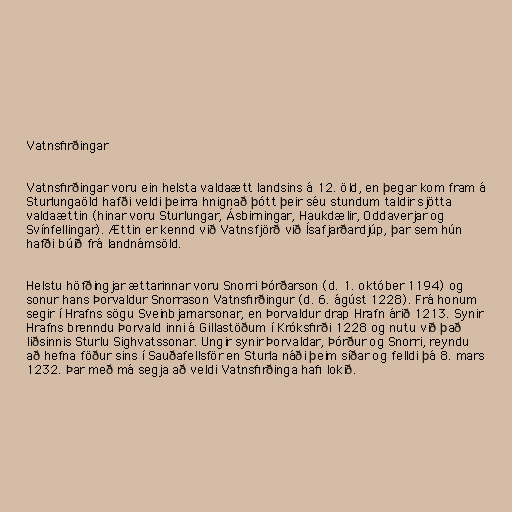
Vatnsfirðingar

Vatnsfirðingar voru ein helsta valdaætt landsins á 12. öld, en þegar kom fram á
Sturlungaöld hafði veldi þeirra hnignað þótt þeir séu stundum taldir sjötta
valdaættin (hinar voru Sturlungar, Ásbirningar, Haukdælir, Oddaverjar og
Svínfellingar). Ættin er kennd við Vatnsfjörð við Ísafjarðardjúp, þar sem hún
hafði búið frá landnámsöld.

Helstu höfðingjar ættarinnar voru Snorri Þórðarson (d. 1. október 1194) og
sonur hans Þorvaldur Snorrason Vatnsfirðingur (d. 6. ágúst 1228). Frá honum
segir í Hrafns sögu Sveinbjarnarsonar, en Þorvaldur drap Hrafn árið 1213. Synir
Hrafns brenndu Þorvald inni á Gillastöðum í Króksfirði 1228 og nutu við það
liðsinnis Sturlu Sighvatssonar. Ungir synir Þorvaldar, Þórður og Snorri, reyndu
að hefna föður sins í Sauðafellsför en Sturla náði þeim síðar og felldi þá 8. mars
1232. Þar með má segja að veldi Vatnsfirðinga hafi lokið.